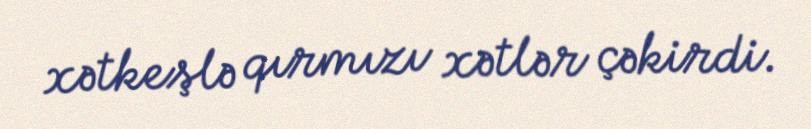
xətkeşlə qırmızı xətlər çəkirdi.